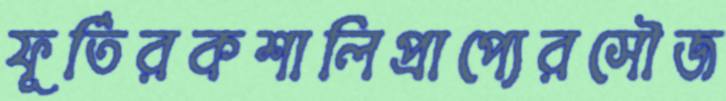
ফূর্তিরকশালিপ্রাপ্যেরসৌজ